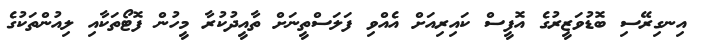
އިނގިރޭސި ބޮޑުވަޒީރުގެ އޮފީސް ކައިރިއަށް އެއްވި ފަލަސްތީނަށް ތާއީދުކުރާ މީހުން ފޮޓޯތަކާއި ލިއުންތަކުގެ